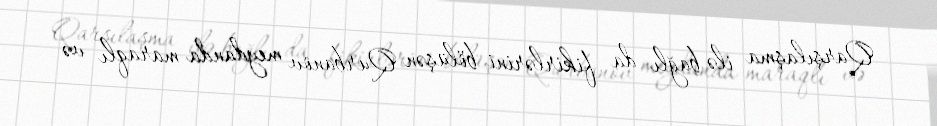
Qarşılaşma ilə bağlı da fikirlərini bölüşən Qurbanov meydanda maraqlı və